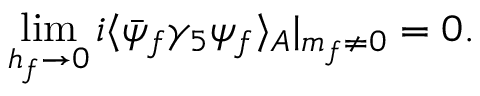
\operatorname * { l i m } _ { h _ { f } \rightarrow 0 } i \langle \bar { \psi } _ { f } \gamma _ { 5 } \psi _ { f } \rangle _ { A } | _ { m _ { f } \ne 0 } = 0 .